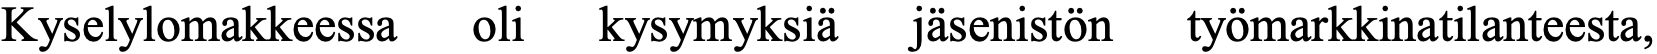
Kyselylomakkeessa oli kysymyksiä jäsenistön työmarkkinatilanteesta,